Indian journal of veterinary science and animal husbandry - Volume 1,
Year: 1931
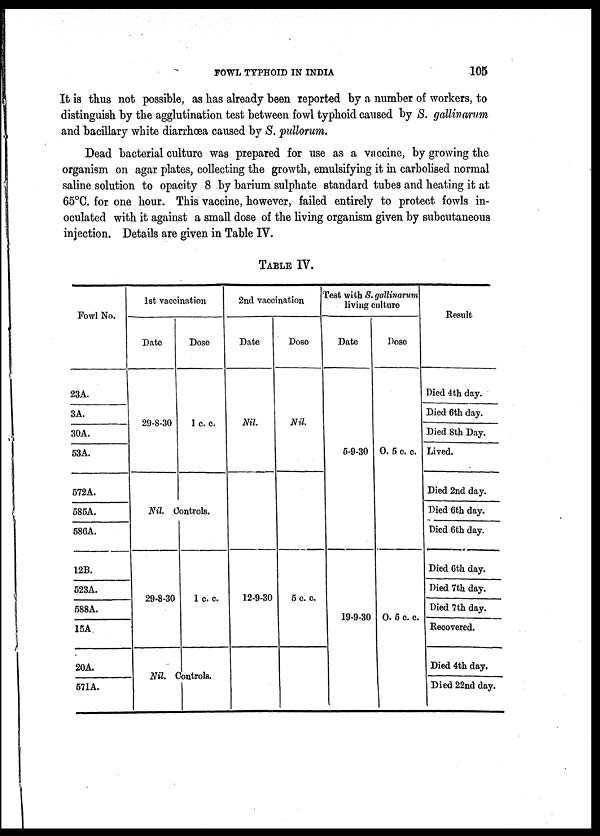
FOWL TYPHOID IN INDIA
105
It is thus not possible, as has already been reported by a number of workers, to
distinguish by the agglutination test between fowl typhoid caused by S. gallinarum
and bacillary white diarrhœa caused by S. pullorum.
Dead bacterial culture was prepared for use as a vaccine, by growing the
organism on agar plates, collecting the growth, emulsifying it in carbolised normal
saline solution to opacity 8 by barium sulphate standard tubes and heating it at
65°C. for one hour. This vaccine, however, failed entirely to protect fowls in-
oculated with it against a small dose of the living organism given by subcutaneous
injection. Details are given in Table IV.
TABLE IV.
Fowl No.
23A.
3A.
30A.
53A.
572A.
585A.
586A.
12B.
523A.
588A.
15A
20A.
571A.
1st vaccination
Date
29-8-30
Dose
1 c. c.
Nil. Controls.
29-8-30
Nil.
1 c. c.
Controls.
2nd vaccination
Date
Nil.
12-9-30
Dose
Nil.
5 c. c.
Test with S. gallinarum
living culture
Date
5-9-30
19-9-30
Dose
0. 5 c. c.
0. 5 c. c.
Result
Died 4th day.
Died 6th day.
Died 8th Day.
Lived.
Died 2nd day.
Died 6th day.
Died 6th day.
Died 6th day.
Died 7th day.
Died 7th day.
Recovered.
Died 4th day.
Died 22nd day.